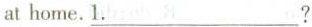
at home.\underline{1.} ?